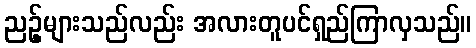
ညဥ့်များသည်လည်း အလားတူပင်ရှည်ကြာလှသည်။